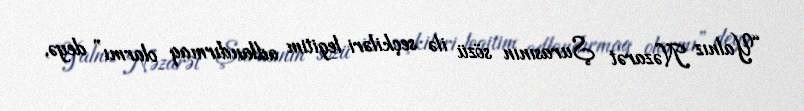
“Yalnız Nəzarət Şurasının sözü ilə seçkiləri legitim adlandırmaq olarmı” deyə,